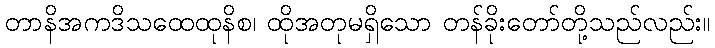
တာနိအကဒိသထေထုနိစ၊ ထိုအတုမရှိသော တန်ခိုးတော်တို့သည်လည်း။